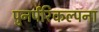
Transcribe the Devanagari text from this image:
पुनर्परिकल्पना